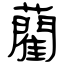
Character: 藺